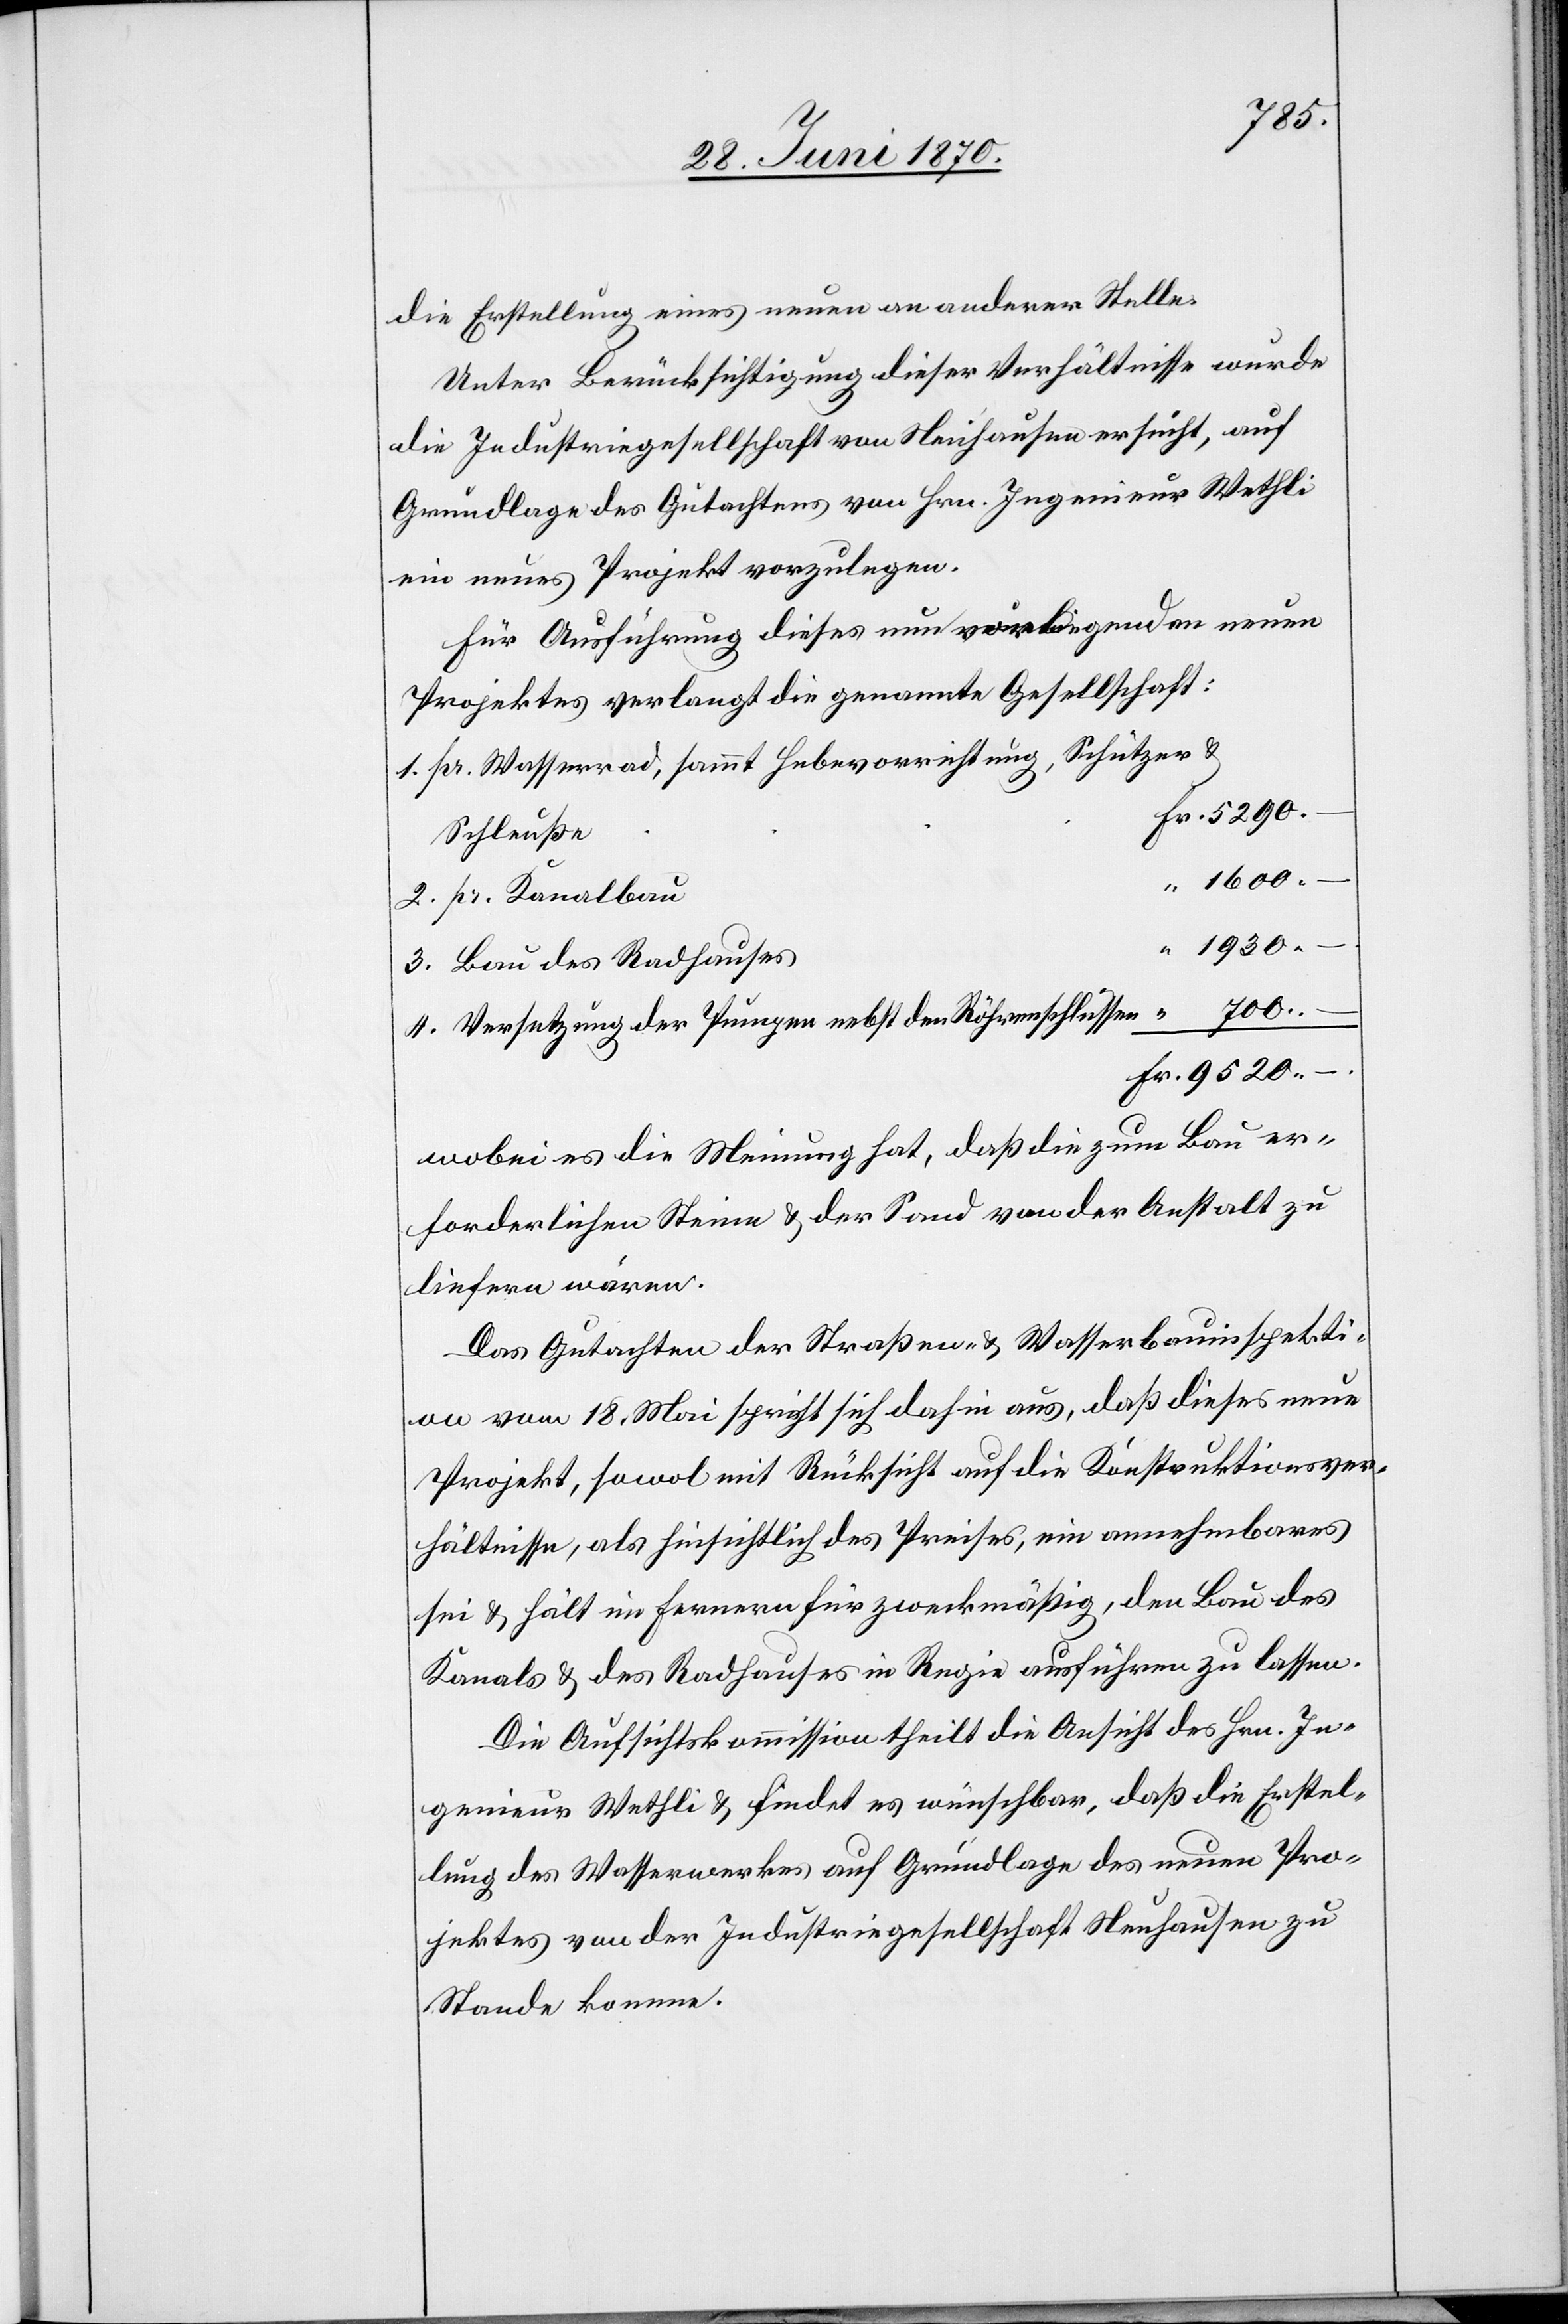
9520.
die Erstellung eines neuen an anderer Stelle.
Unter Berücksichtigung dieser Verhältnisse wurde
die Industriegesellschaft von Neuhausen ersucht, auf
Grundlage des Gutachtens von Hrn. Ingenieur Wethli
ein neues Projekt vorzulegen.
Für Ausführung dieses nun vorliegenden neuen
Projektes verlangt die genannte Gesellschaft:
1. pr. Wasserrad, sammt Hebevorrichtung, Schützer &
Schleuße
1600. –
2. pr. Kanalbau
3. Bau des Radhauses
4. Versetzung der Pumpen nebst den Röhrenschleussen
wobei es die Meinung hat, daß die zum Bau er¬
forderlichen Steine & der Sand von der Anstalt zu
liefern wären.
Das Gutachten der Straßen- & Wasserbauinspekti¬
on vom 18. Mai spricht sich dahin aus, daß dieses neue
Projekt, sowol mit Rücksicht auf die Konstruktionsver¬
hältnisse, als hinsichtlich des Preises, ein annehmbares
sie & hält im fernern für zweckmäßig, den Bau des
Kanals & des Radhauses in Regie ausführen zu lassen.
Die Aufsichtskommission theilt die Ansicht des Hrn. In¬
genieur Wethli & findet es wünschbar, daß die Erstel¬
lung des Wasserwerkes auf Grundlage des neuen Pro¬
jektes von der Industriegesellschaft Neuhausen zu
Stande komme.